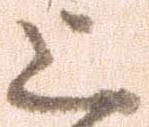
上